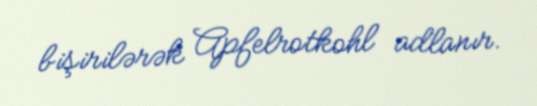
bişirilərək Apfelrotkohl adlanır.